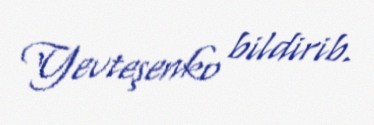
Yevteşenko bildirib.